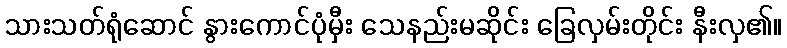
သားသတ်ရုံဆောင် နွားကောင်ပုံမှီး သေနည်းမဆိုင်း ခြေလှမ်းတိုင်း နီးလှ၏။